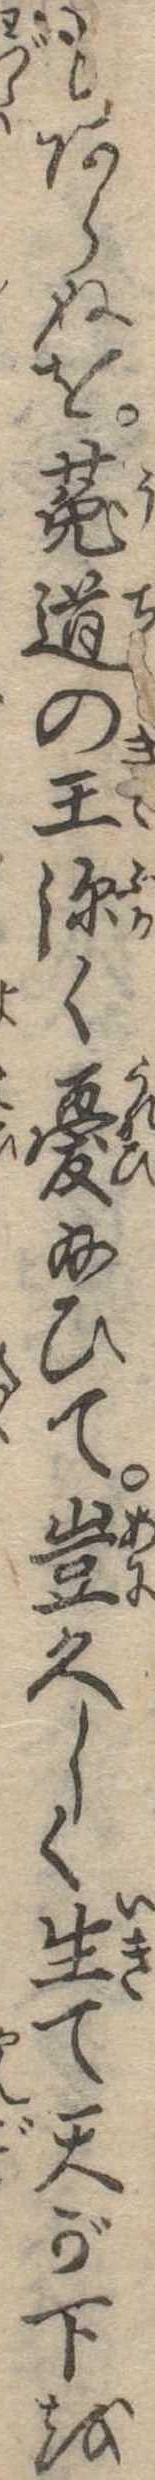
もあらぬを兎道の王深く憂給ひて豈久しく生て天が下を